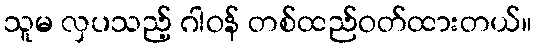
သူမ လှပသည့် ဂါဝန် တစ်ထည်ဝတ်ထားတယ်။